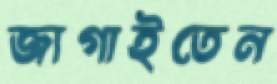
জাগাইতেন